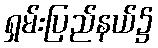
ရှမ်းပြည်နယ်၌